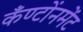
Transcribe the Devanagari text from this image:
कँण्टोंनमेंट